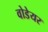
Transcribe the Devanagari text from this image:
वोडेयर